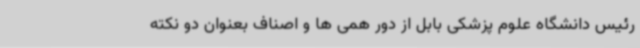
رئیس دانشگاه علوم پزشکی بابل از دور همی ها و اصناف بعنوان دو نکته